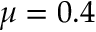
\mu = 0 . 4